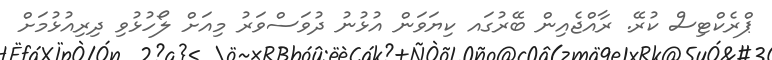
ޕްރެކްޓިސް ކުރޭ. ރާއްޖެއިން ބޭރުގައ ކިޔަވަން އުޅުނު ދުވަސްވަރު މިއަށް ލޯހުޅުވި ދިރިއުޅުމަށް